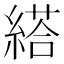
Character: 䌋